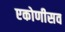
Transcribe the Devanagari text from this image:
एकोणीसव